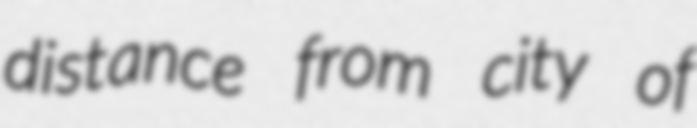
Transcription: distance from city of